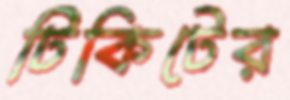
টিকিটের